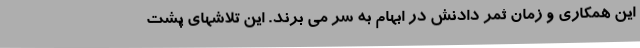
این همکاری و زمان ثمر دادنش در ابهام به سر می برند. این تلاشهای پشت